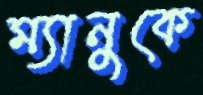
ম্যানুকে